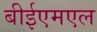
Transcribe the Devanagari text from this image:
बीईएमएल